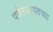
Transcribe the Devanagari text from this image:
पर्वतालगतच्या